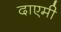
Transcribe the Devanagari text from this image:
दाएमी